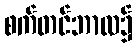
စက်တင်ဘာလ၌